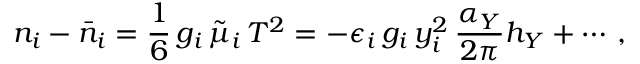
n _ { i } - \bar { n } _ { i } = \frac { 1 } { 6 } \, g _ { i } \, \tilde { \mu } _ { i } \, T ^ { 2 } = - \epsilon _ { i } \, g _ { i } \, y _ { i } ^ { 2 } \, \frac { \alpha _ { Y } } { 2 \pi } h _ { Y } + \cdots \, ,